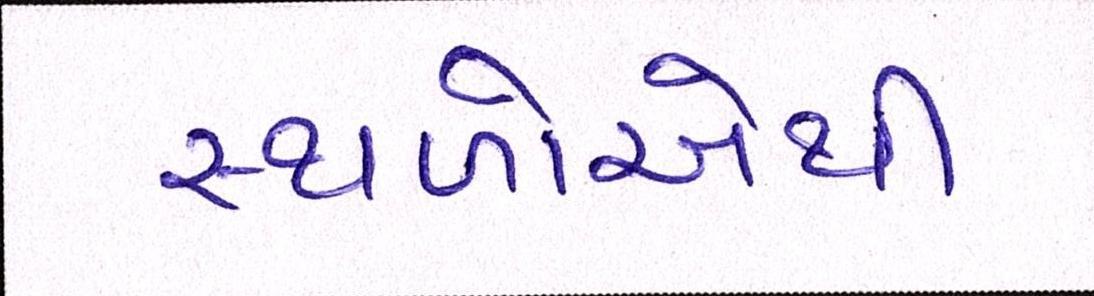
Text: સ્થળોએથી